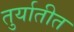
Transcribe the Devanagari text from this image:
तुर्यातीत